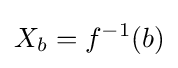
X_{b}=f^{-1}(b)